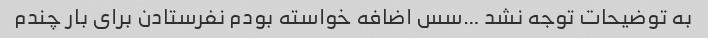
به توضیحات توجه نشد …سس اضافه خواسته بودم نفرستادن برای بار چندم